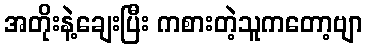
အတိုးနဲ့ချေးပြီး ကစားတဲ့သူကတော့ဗျာ